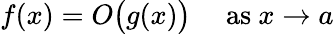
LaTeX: f(x)=O{\bigl(}g(x){\bigr)}\quad{\mathrm{~as~}}x\to a